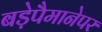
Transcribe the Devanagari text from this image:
बड़ेपैमानेपर